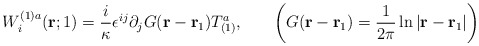
\begin{align*}W^{(1)a}_i({\bf r};1)=\frac{i}{\kappa} \epsilon^{ij} \partial_jG({\bf r}-{\bf r}_1)T^a_{(1)},~~~~~\left( G({\bf r}-{\bf r}_1)=\frac{1}{2\pi}\ln|{\bf r}-{\bf r}_1| \right)\end{align*}